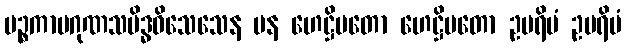
ပဉ္စကာမဂုဏသမိဒ္ဓဝိသေသေန ပန ဟေဋ္ဌိမတော ဟေဋ္ဌိမတော ဥပရိမံ ဥပရိမံ